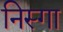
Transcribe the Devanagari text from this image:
निस्गा